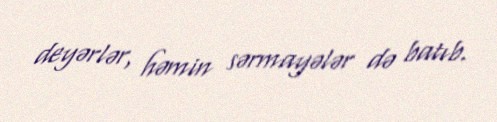
deyərlər, həmin sərmayələr də batıb.